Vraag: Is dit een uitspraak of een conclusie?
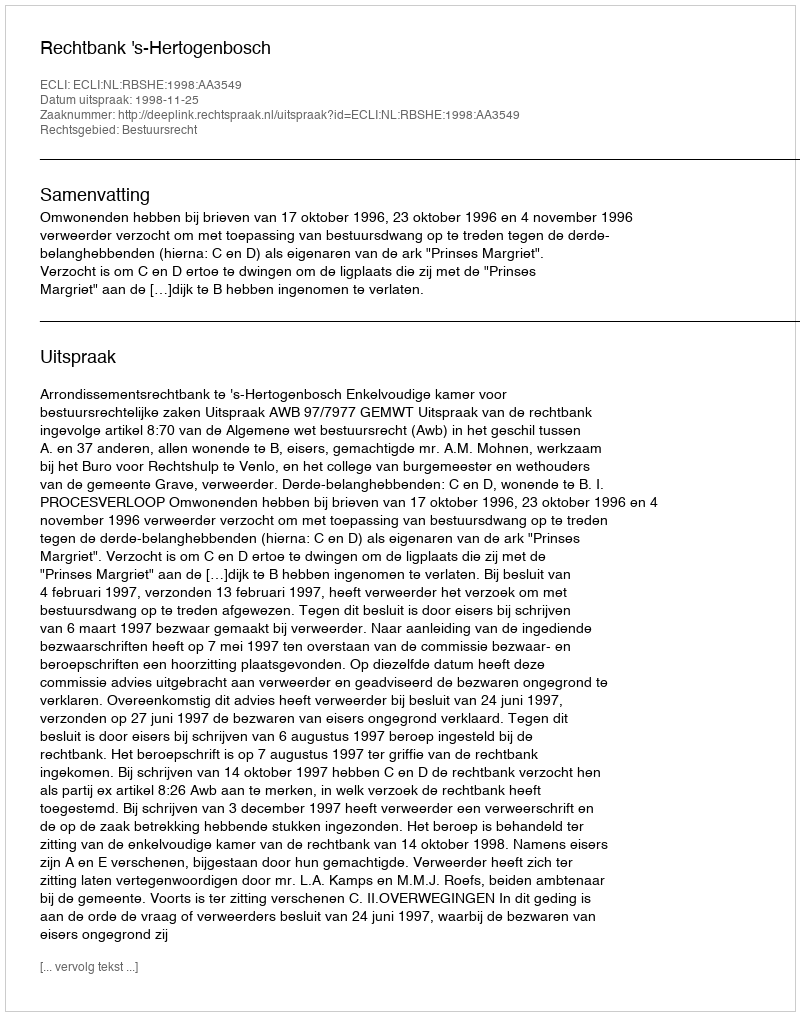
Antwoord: Uitspraak